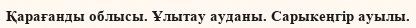
Қарағанды облысы. Ұлытау ауданы. Сарыкеңгір ауылы.